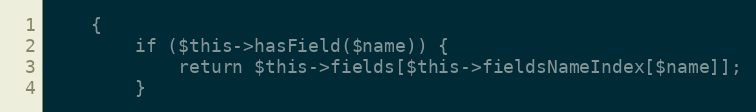
Language: PHP
    {
        if ($this->hasField($name)) {
            return $this->fields[$this->fieldsNameIndex[$name]];
        }